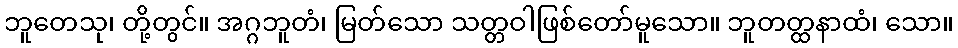
ဘူတေသု၊ တို့တွင်။ အဂ္ဂဘူတံ၊ မြတ်သော သတ္တဝါဖြစ်တော်မူသော။ ဘူတတ္ထနာထံ၊ သော။